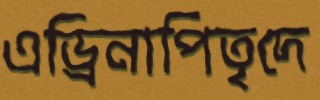
এড্রিনাপিতৃদে